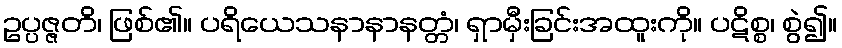
ဥပ္ပဇ္ဇတိ၊ ဖြစ်၏။ ပရိယေသနာနာနတ္တံ၊ ရှာမှီးခြင်းအထူးကို။ ပဋိစ္စ၊ စွဲ၍။